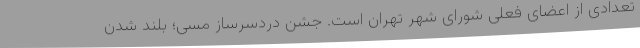
تعدادی از اعضای فعلی شورای شهر تهران است. جشن دردسرساز مسی؛ بلند شدن